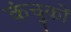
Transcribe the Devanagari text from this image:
कंचुकों